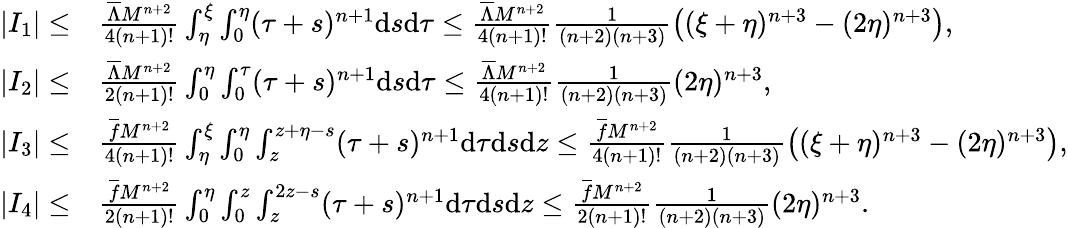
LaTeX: \begin{array}{rl}{|I_{1}|\leq}&{\frac{{{\overline{{\Lambda}}}}M^{n+2}}{4(n+1)!}\int_{\eta}^{\xi}\int_{0}^{\eta}(\tau+s)^{n+1}\mathrm{d}s\mathrm{d}\tau\leq\frac{{{\overline{{\Lambda}}}}M^{n+2}}{4(n+1)!}\frac{1}{(n+2)(n+3)}\left((\xi+\eta)^{n+3}-(2\eta)^{n+3}\right),}\\ {|I_{2}|\leq}&{\frac{{{\overline{{\Lambda}}}}M^{n+2}}{2(n+1)!}\int_{0}^{\eta}\int_{0}^{\tau}(\tau+s)^{n+1}\mathrm{d}s\mathrm{d}\tau\leq\frac{{{\overline{{\Lambda}}}}M^{n+2}}{4(n+1)!}\frac{1}{(n+2)(n+3)}(2\eta)^{n+3},}\\ {|I_{3}|\leq}&{\frac{\overline{{f}}M^{n+2}}{4(n+1)!}\int_{\eta}^{\xi}\int_{0}^{\eta}\int_{z}^{z+\eta-s}(\tau+s)^{n+1}\mathrm{d}\tau\mathrm{d}s\mathrm{d}z\leq\frac{\overline{{f}}M^{n+2}}{4(n+1)!}\frac{1}{(n+2)(n+3)}\left((\xi+\eta)^{n+3}-(2\eta)^{n+3}\right),}\\ {|I_{4}|\leq}&{\frac{\overline{{f}}M^{n+2}}{2(n+1)!}\int_{0}^{\eta}\int_{0}^{z}\int_{z}^{2z-s}(\tau+s)^{n+1}\mathrm{d}\tau\mathrm{d}s\mathrm{d}z\leq\frac{\overline{{f}}M^{n+2}}{2(n+1)!}\frac{1}{(n+2)(n+3)}(2\eta)^{n+3}.}\end{array}